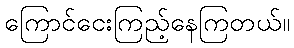
ကြောင်ငေးကြည့်နေကြတယ်။